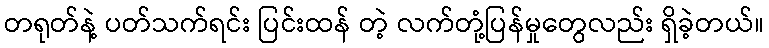
တရုတ်နဲ့ ပတ်သက်ရင်း ပြင်းထန် တဲ့ လက်တုံ့ပြန်မှုတွေလည်း ရှိခဲ့တယ်။